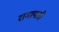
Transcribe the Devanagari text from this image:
रामायती